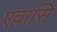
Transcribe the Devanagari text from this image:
एवासि